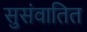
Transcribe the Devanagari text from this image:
सुसंवातित